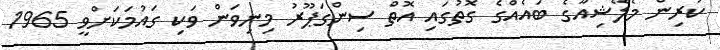
ކުރިން މެލޭޝިއާގެ ބައެއްގެ ގޮތުގައި އޮތް ސިންގަޕޫރު މިނިވަން ވަކި ގައުމަކަށްވީ 1965